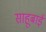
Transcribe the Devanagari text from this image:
साहूबाई